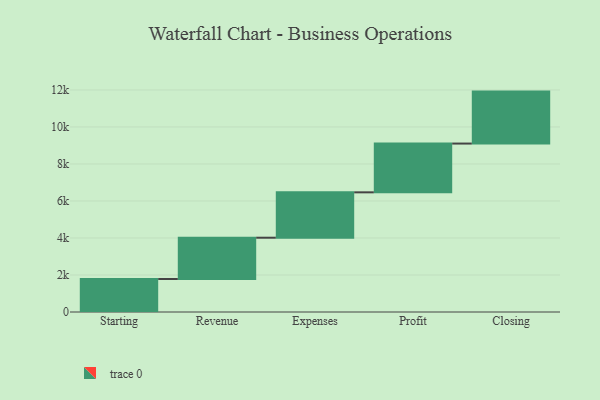
{"axis": {"x": "Step", "y": "Value"}, "legend": [""], "data": [{"x": "Starting", "y": 1783.0, "type": ""}, {"x": "Revenue", "y": 2232.0, "type": ""}, {"x": "Expenses", "y": 2452.0, "type": ""}, {"x": "Profit", "y": 2636.0, "type": ""}, {"x": "Closing", "y": 2808.0, "type": ""}]}